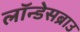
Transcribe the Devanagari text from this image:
लॉन्डेसब्राउ